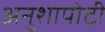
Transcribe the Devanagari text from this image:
अनुशापोटी